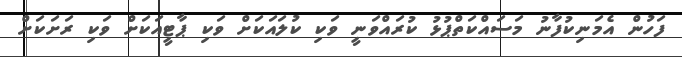
ފަހުން އެމަނިކުފާނު މަސައްކަތްޕުޅު ކުރައްވަނީ ވަކި ކުލައަކަށް ވަކި ޕާޓީއަކަށް ވަކި ރަށަކަށް